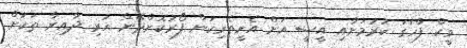
ވީކް ފާހަގަ ކުރުމަށާއި އީސީ އަށް އެހީތެރިކަން ފޯރުކޮށްދޭން ހުރި ދާއިރާ ތަކަށް